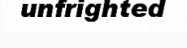
unfrighted